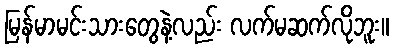
မြန်မာမင်းသားတွေနဲ့လည်း လက်မဆက်လိုဘူး။